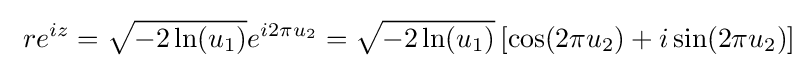
\ re^{iz}={\sqrt {-2\ln(u_{1})}}e^{i2\pi u_{2}}={\sqrt {-2\ln(u_{1})}}\left[\cos(2\pi u_{2})+i\sin(2\pi u_{2})\right]